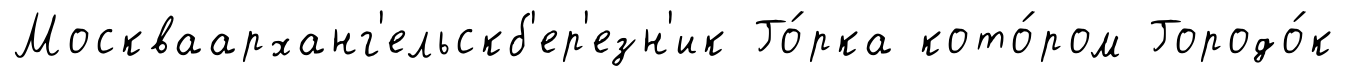
Москваарханг'ельскб'ер'езн'ик Го́рка кото́ром Городо́к